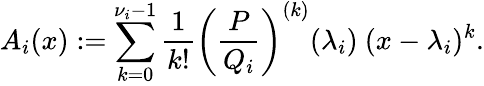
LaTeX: A_{i}(x):=\sum_{k=0}^{\nu_{i}-1}{\frac{1}{k!}}\left({\frac{P}{Q_{i}}}\right)^{(k)}(\lambda_{i})\ (x-\lambda_{i})^{k}.